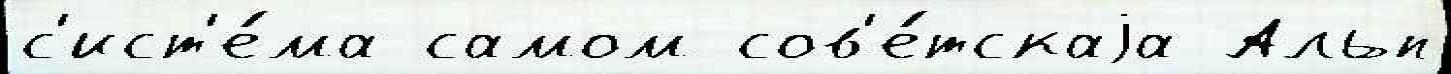
с'ист'е́ма самом сов'е́тскаjа Альп